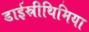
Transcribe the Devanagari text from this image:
डाईस्रीथिमिया